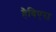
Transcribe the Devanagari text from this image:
हैबिएस